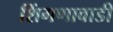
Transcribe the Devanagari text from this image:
शिंगणावाडी